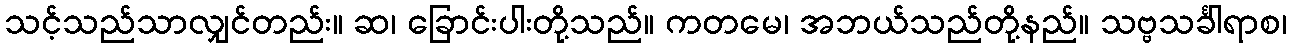
သင့်သည်သာလျှင်တည်း။ ဆ၊ ခြောင်းပါးတို့သည်။ ကတမေ၊ အဘယ်သည်တို့နည်။ သဗ္ဗသင်္ခါရာစ၊